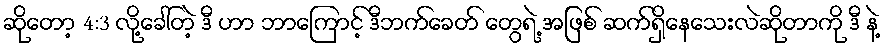
ဆိုတော့ 4:3 လို့ခေါ်တဲ့ ဒီ ဟာ ဘာကြောင့် ဒီဘက်ခေတ် တွေရဲ့ အဖြစ် ဆက်ရှိနေသေးလဲဆိုတာကို ဒီ နဲ့